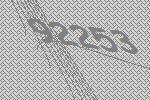
92253